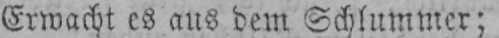
Erwacht es aus dem Schlummer;